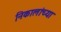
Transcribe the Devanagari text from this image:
निकालांच्या